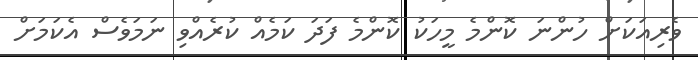
ވެރިއަކަށް ހުންނަ ކޮންމެ މީހަކު ކޮންމެ ފަދަ ކަމެއް ކުރެއްވި ނަމަވެސް އެކަމަށް